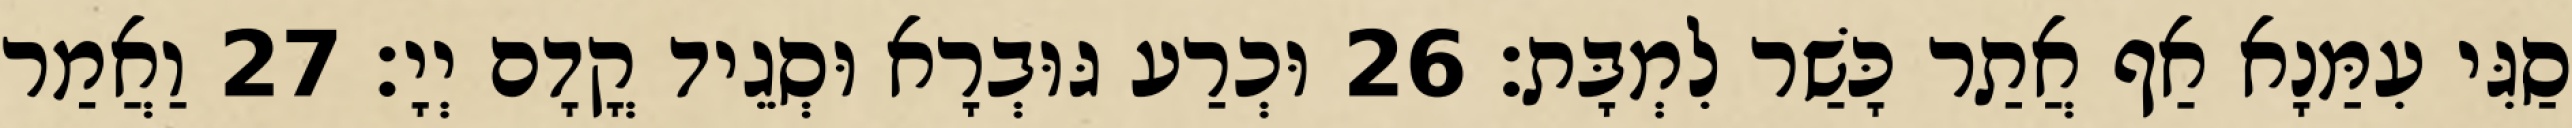
סַגִּי עִמַּנָא אַף אֲתַר כָּשַׁר לִמְבָּת׃ 26 וּכְרַע גּוּבְרָא וּסְגֵיד קֳדָם יְיָ׃ 27 וַאֲמַר